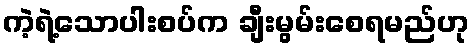
ကဲ့ရဲ့သောပါးစပ်က ချီးမွမ်းစေရမည်ဟု